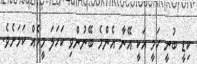
ކިޑީ ބުނީ ހަމީ އަކީ އޭނާ އެންމެ ބޭނުންވި ކަހަލަ މީހެއް ކަމަށެވެ.